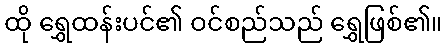
ထို ရွှေထန်းပင်၏ ဝင်စည်သည် ရွှေဖြစ်၏။